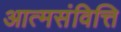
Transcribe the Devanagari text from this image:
आत्मसंवित्ति